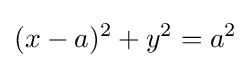
(x-a)^{2}+y^{2}=a^{2}